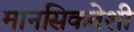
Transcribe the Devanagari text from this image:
मानसिकतेशी